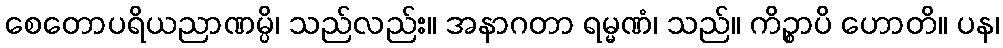
စေတောပရိယညာဏမ္ပိ၊ သည်လည်း။ အနာဂတာ ရမ္မဏံ၊ သည်။ ကိဉ္စာပိ ဟောတိ။ ပန၊